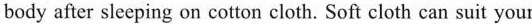
body after sleeping on cotton cloth. Soft cloth can suit your